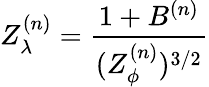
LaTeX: Z_{\lambda}^{(n)}=\frac{1+B^{(n)}}{(Z_{\phi}^{(n)})^{3/2}}